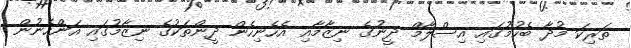
ތަރިކަ މުދާ ބެހުމުގައި އިސްލާމް ދީނުގެ ނިޒާމާއި އެހެނިހެން ދީންތަކުގެ ނިޒާމުގައި އަންހެނުން